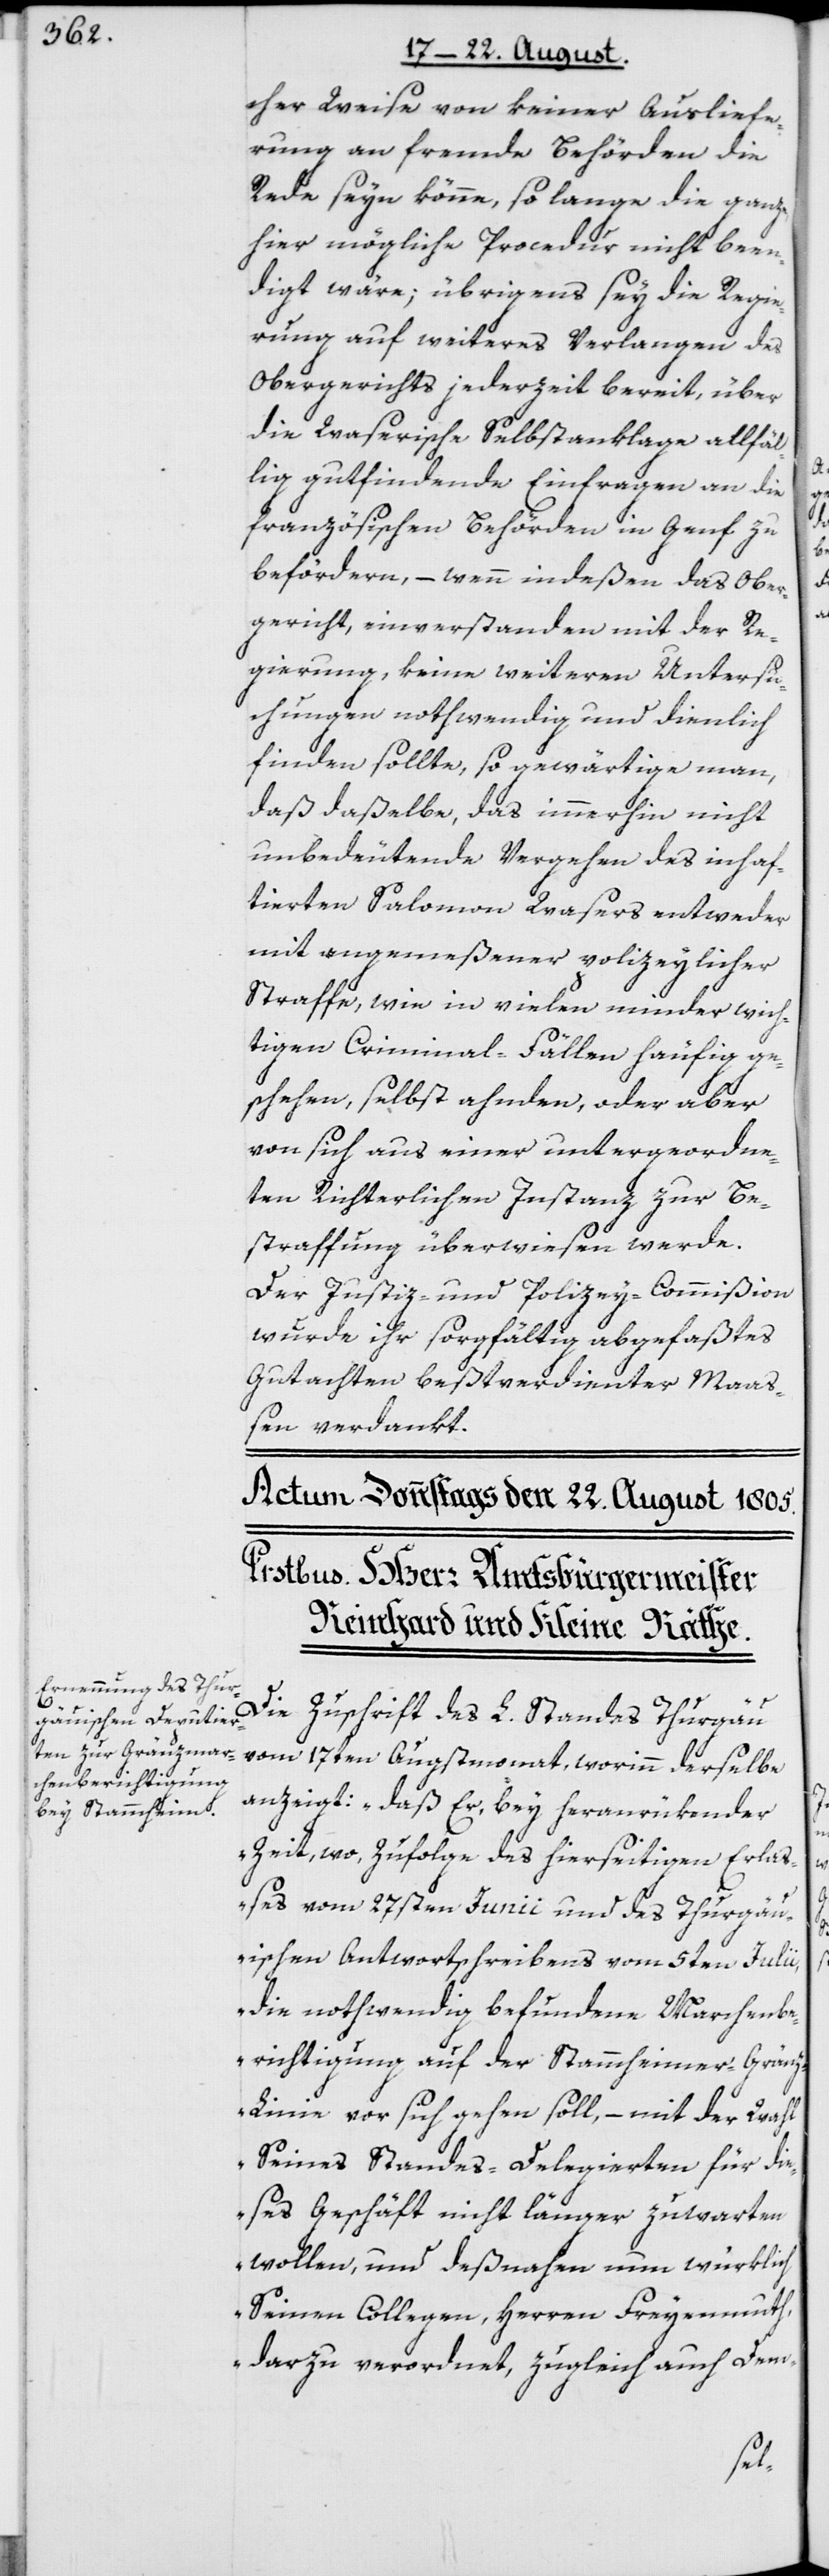
cher Weise von keiner Ausliefe¬
rung an fremde Behörden die
Rede seyn könne, so lange die ganze
hier mögliche Procedur nicht been¬
digt wäre; übrigens sey die Regie¬
rung auf weiteres Verlangen des
Obergerichts jederzeit bereit, über
die Waserische Selbstanklage allfäl¬
lig gutfindende Einfragen an die
französischen Behörden in Genf zu
befördern, – wenn indeßen das Ober¬
gericht, einverstanden mit der Re¬
gierung, keine weiteren Untersu¬
chungen nothwendig und dienlich
finden sollte, so gewärtige man,
daß daßelbe, das immerhin nicht
unbedeutende Vergehen des inhaf¬
tierten Salomon Wasers entweder
mit angemeßener polizeylicher
Straffe, wie in vielen minder wich¬
tigen Criminal-Fällen häufig ge¬
schehen, selbst ahnden, oder aber
von sich aus einer untergeordne¬
ten Richterlichen Instanz zur Be¬
straffung überwiesen werde.
Der Justiz- und Polizey-Commißion
wurde ihr sorgfältig abgefaßtes
Gutachten beßtverdienter Maaß¬
en verdankt.
Die Zuschrift des L. Standes Thurgau
vom 17ten Augstmonat, worinn derselbe
anzeigt: „daß Er, bey heranrükender
Zeit, wo, Zufolge des hierseitigen Erla¬
ßes vom 27sten Junii und des Thurgau¬
ischen Antwortschreibens vom 5ten Julii,
die nothwendig befundene Marchenbe¬
richtigung auf der Stammheimer-Grän¬
z-Linie vor sich gehen soll, – mit der Wahl
Seines Standes-Delegierten für die¬
ses Geschäft nicht länger zuwarten
wollen, und deßnahen nun würklich
Seinen Collegen, Herren Freyenmuth,
darzu verordnet, zugleich auch Dem-